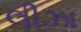
લીઝા